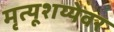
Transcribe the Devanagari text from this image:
मृत्यूशय्येवर